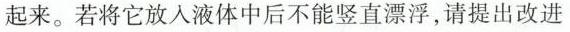
起来。若将它放入液体中后不能竖直漂浮，请提出改进